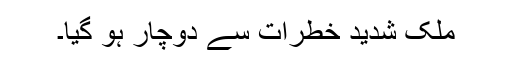
ملک شدید خطرات سے دوچار ہو گیا۔